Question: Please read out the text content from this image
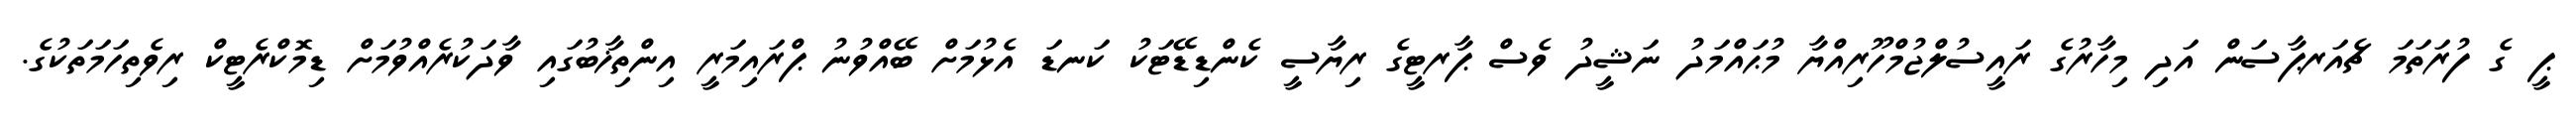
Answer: ޕީ ގެ ފުރަތަމަ ޗެއަރޕާސަން އަދި މިހާރުގެ ރައީސުލްޖުމްހޫރިއްޔާ މުޙައްމަދު ނަޝީދު ވެސް ޕާރޓީގެ ރިޔާސީ ކެންޑިޑޭޓަކު ކަނޑަ އެޅުމަށް ބޭއްވުނު ޕްރައިމަރީ އިންތިޚާބުގައި ވާދަކުރެއްވުމަށް ޑިމޮކްރެޓީކް ރިވެތިހަމަތަކުގެ.